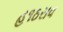
હ૧ઠરાવ